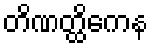
တိဏတ္ထိကေန